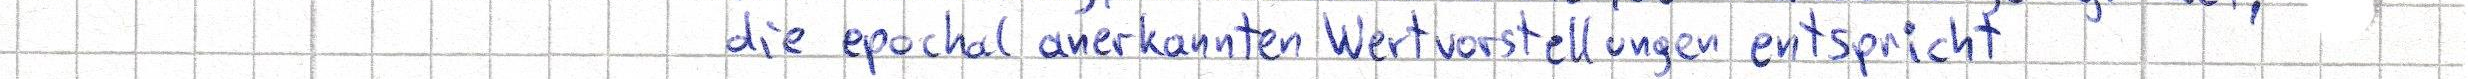
die epochal anerkannten Wertvorstellungen entspricht